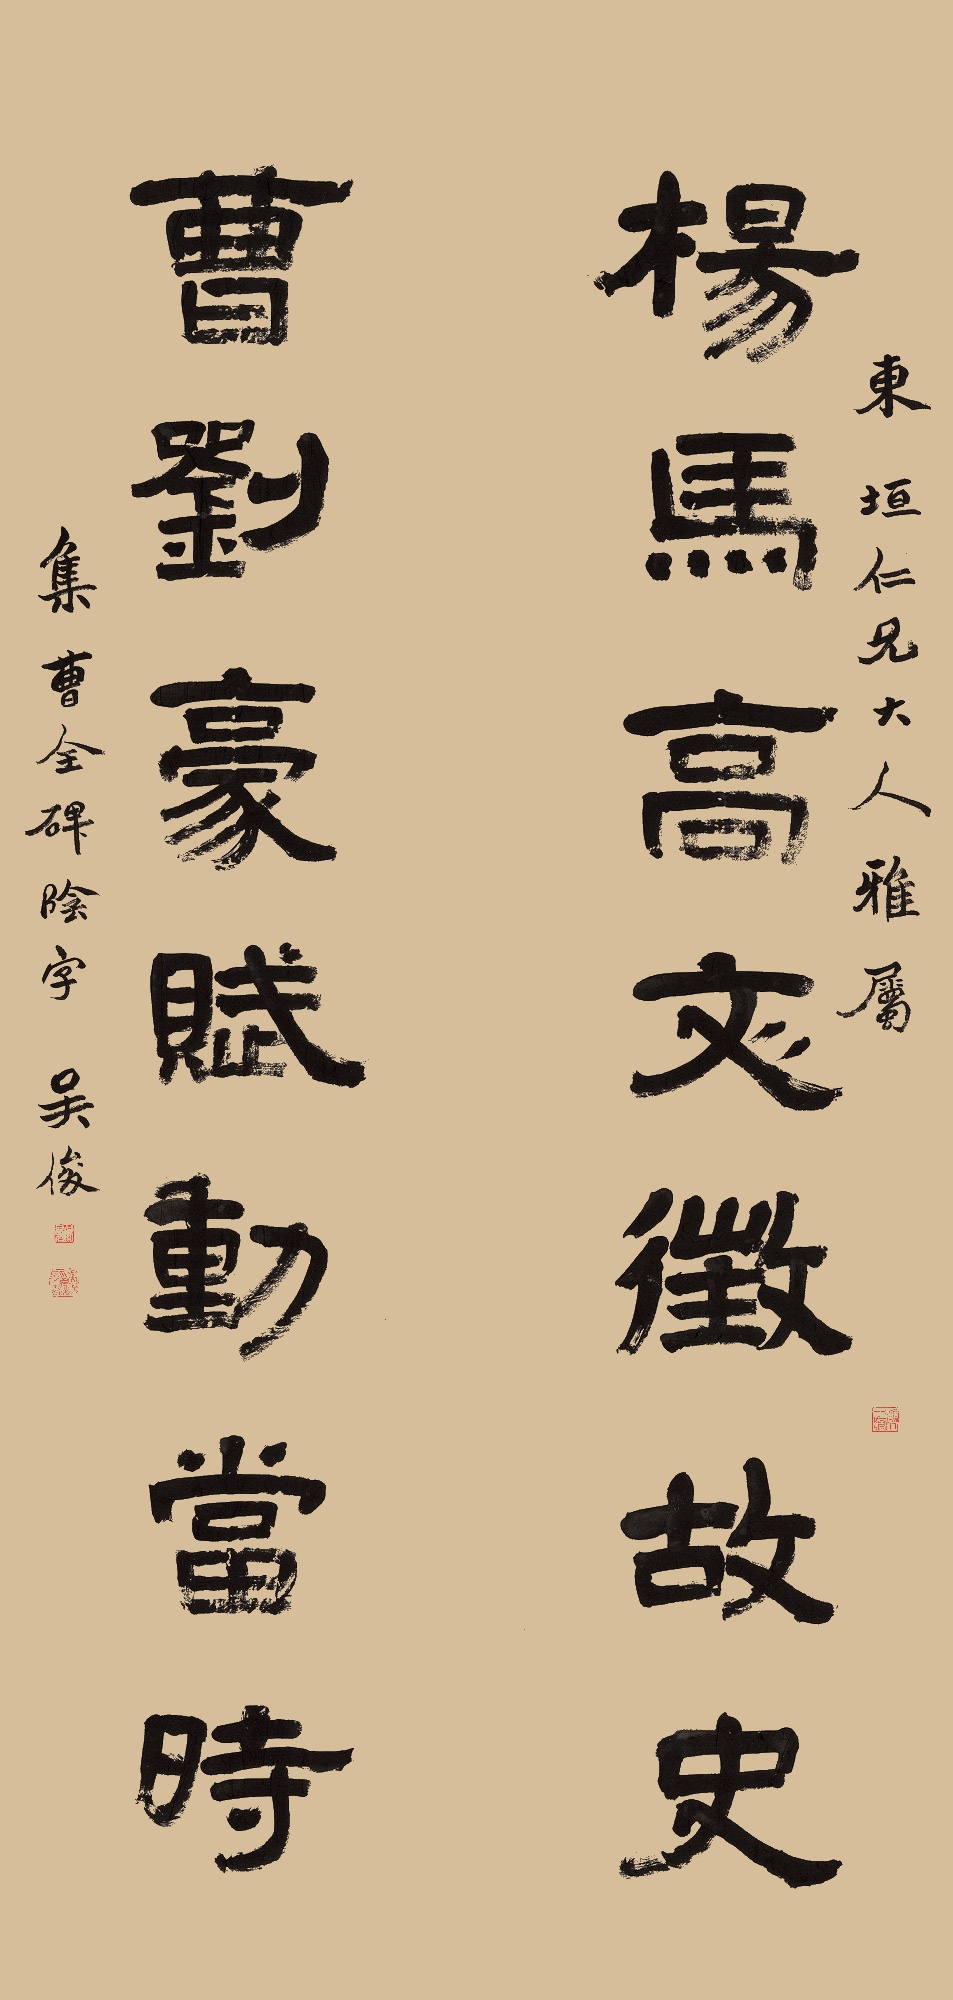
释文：杨马高文征故史，曹刘豪赋动当时。东垣仁兄大人雅属，集曹全碑阴字。吴俊。